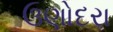
ઉણોદરા